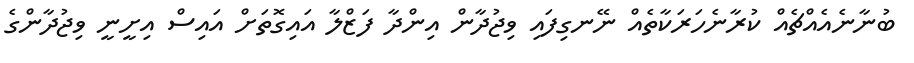
ބުނާނެއެއްޗެއް ކުރާނެހަރަކާތެއް ނޭނގިފައި ވިޖުދާން އިންދާ ފަޒްލާ އައިގޮތަށް އައިސް އިށީނީ ވިޖުދާންގެ